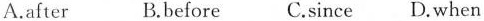
A.after B.before C.since D.when